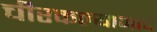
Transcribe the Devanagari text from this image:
चीरकल्याणाचे